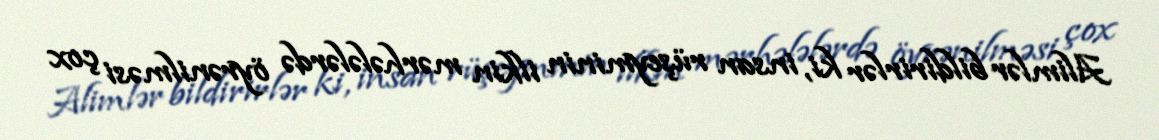
Alimlər bildirirlər ki, insan rüşeyminin ilkin mərhələlərdə öyrənilməsi çox